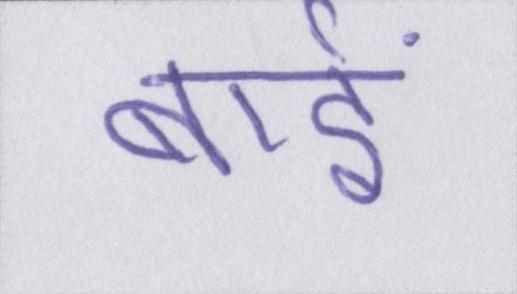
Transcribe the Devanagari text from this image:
बाईं